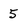
Character: 5